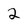
Character: 2